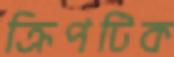
ক্রিপটিক